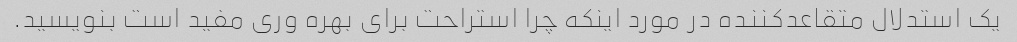
یک استدلال متقاعدکننده در مورد اینکه چرا استراحت برای بهره وری مفید است بنویسید.